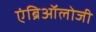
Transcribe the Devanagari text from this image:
एंब्रिऑलोजी